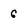
Character: 6